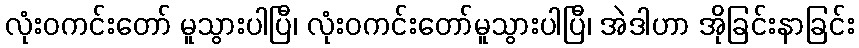
လုံးဝကင်းတော် မူသွားပါပြီ၊ လုံးဝကင်းတော်မူသွားပါပြီ၊ အဲဒါဟာ အိုခြင်းနာခြင်း